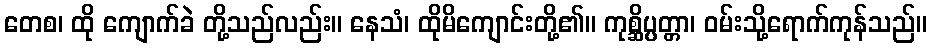
တေစ၊ ထို ကျောက်ခဲ တို့သည်လည်း။ နေသံ၊ ထိုမိကျောင်းတို့၏။ ကုစ္ဆိပ္ပတ္တာ၊ ဝမ်းသို့ရောက်ကုန်သည်။